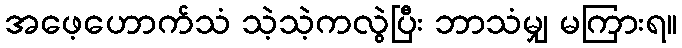
အဖေ့ဟောက်သံ သဲ့သဲ့ကလွဲပြီး ဘာသံမျှ မကြားရ။